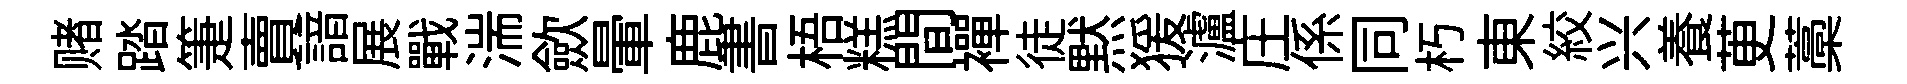
赌踏箑賣諳展戰湍歛暈鹿書梧糕間襌徒黙猨瀘庄係同朽東絞兴養茰藁